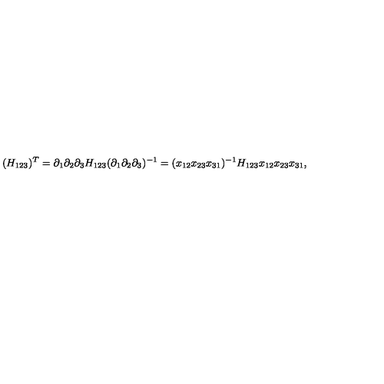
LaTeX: ( H _ { 1 2 3 } ) ^ { T } = \partial _ { 1 } \partial _ { 2 } \partial _ { 3 } H _ { 1 2 3 } ( \partial _ { 1 } \partial _ { 2 } \partial _ { 3 } ) ^ { - 1 } = ( x _ { 1 2 } x _ { 2 3 } x _ { 3 1 } ) ^ { - 1 } H _ { 1 2 3 } x _ { 1 2 } x _ { 2 3 } x _ { 3 1 } ,